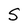
Character: S